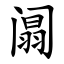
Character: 阘